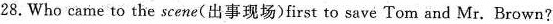
28. Who came to the scene(出事现场)first to save Tom and Mr. Brown?